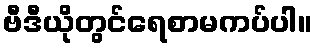
ဗီဒီယိုတွင်ရေစာမကပ်ပါ။